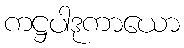
ကဋ္ဌပါဒုကာယော